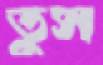
তুস